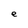
Character: e